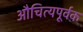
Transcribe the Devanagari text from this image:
औचित्यपूर्वक